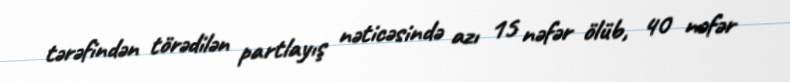
tərəfindən törədilən partlayış nəticəsində azı 15 nəfər ölüb, 40 nəfər